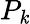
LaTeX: P_{\mathit{k}}